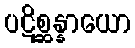
ပဋိစ္ဆန္နာယော